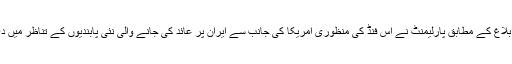
ذرائع ابلاغ کے مطابق پارلیمنٹ نے اس فنڈ کی منظوری امریکا کی جانب سے ایران پر عائد کی جانے والی نئی پابندیوں کے تناظر میں دی ہے۔